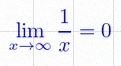
\lim_{x\to\infty}\frac{1}{x}=0